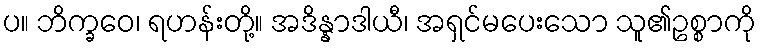
ပ။ ဘိက္ခဝေ၊ ရဟန်းတို့။ အဒိန္နာဒါယီ၊ အရှင်မပေးသော သူ၏ဥစ္စာကို